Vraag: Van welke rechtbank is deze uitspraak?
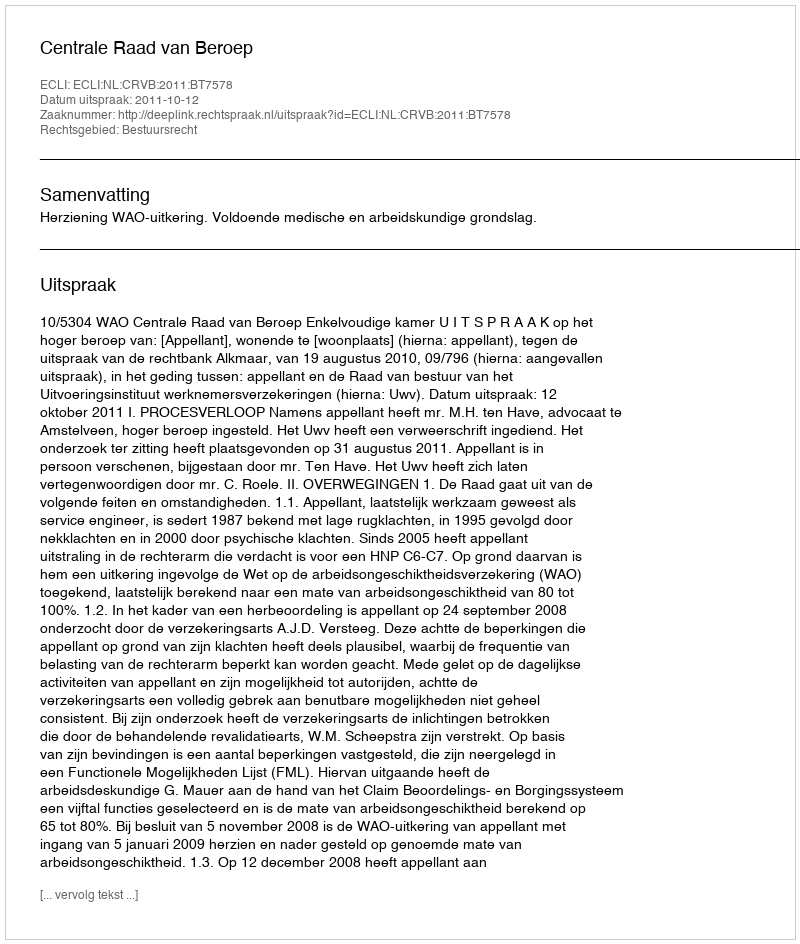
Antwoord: Centrale Raad van Beroep